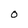
Character: 0